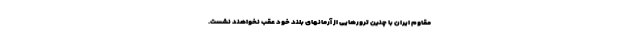
مقاوم ایران با چنین ترورهایی از آرمانهای بلند خود عقب نخواهند نشست.